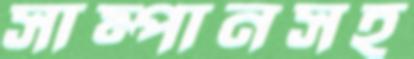
সাম্পানসহ